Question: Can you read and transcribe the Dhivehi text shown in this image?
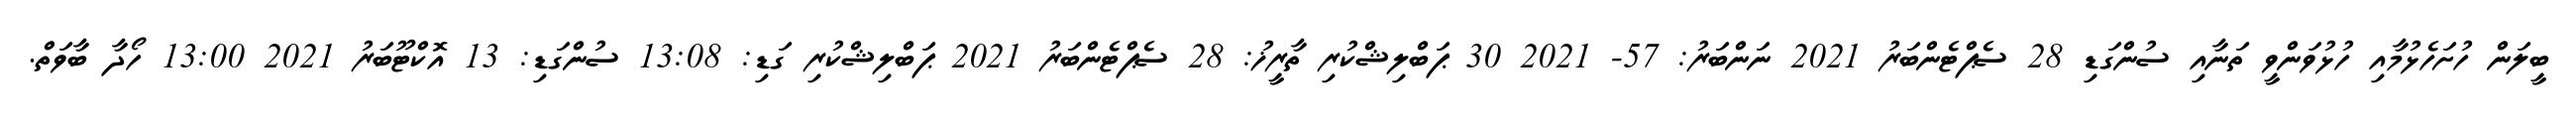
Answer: ބީލަން ހުށަހެޅުމާއި ހުޅުވަންވީ ތަނާއި ސުންގަޑި 28 ސެޕްޓެންބަރު 2021 ނަންބަރު: 57- 2021 30 ޕަބްލިޝްކުރި ތާރީޚު: 28 ސެޕްޓެންބަރު 2021 ޕަބްލިޝްކުރި ގަޑި: 13:08 ސުންގަޑި: 13 އޮކްޓޫބަރު 2021 13:00 ހޯދާ ބާވަތް.